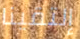
إلتقينا